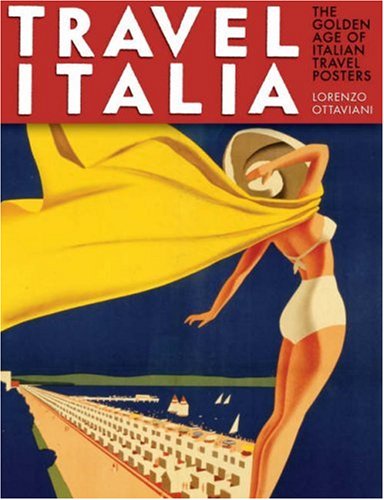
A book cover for Travel Italia: The Golden Age of Italian Travel Posters; Lorenzo Ottaviani; Crafts, Hobbies & Home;